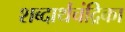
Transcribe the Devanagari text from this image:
शब्दार्थचंद्रिका